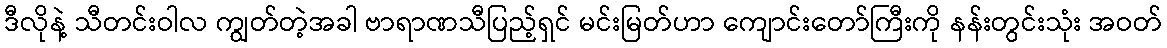
ဒီလိုနဲ့ သီတင်းဝါလ ကျွတ်တဲ့အခါ ဗာရာဏသီပြည့်ရှင် မင်းမြတ်ဟာ ကျောင်းတော်ကြီးကို နန်းတွင်းသုံး အဝတ်